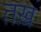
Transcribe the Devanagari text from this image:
तख़